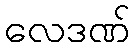
လေဒဏ်